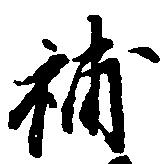
補